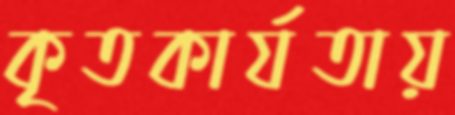
কৃতকার্যতায়